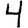
Digit: 4